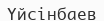
Үйсінбаев